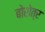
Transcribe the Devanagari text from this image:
बोरोत्र